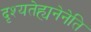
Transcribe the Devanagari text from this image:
दृश्यतेह्यनेनेति